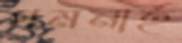
গমনার্হ